Civil Veterinary Department. United Provinces 1923-31 - 1923-1931
Year: 1923
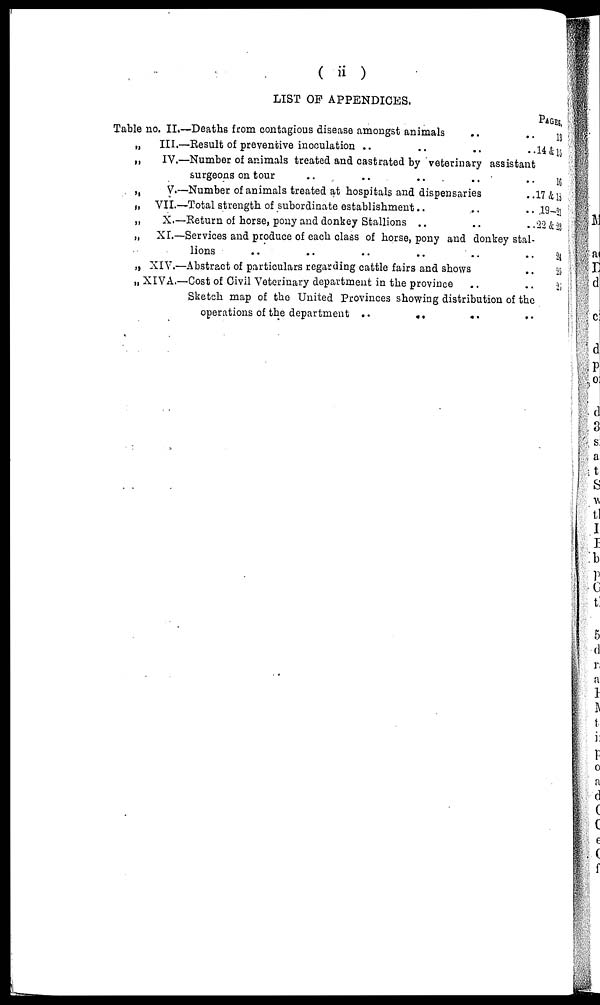
( ii )
LIST OF APPENDICES.
Table no. II.—Deaths from contagious disease amongst animals
„
III.—Result of preventive inoculation .. .. ..
„
IV.—Number of animals treated and castrated by veterinary assistant
surgeons on tour
„
V.—Number of animals treated at hospitals and dispensaries
„ VII.—Total strength of subordinate establishment .. .. ..
„
X.—Return of horse, pony and donkey Stallions .. .. ..
„
XI.—Services and produce of each class of horse, pony and donkey stal-
lions
„ XIV.—Abstract of particulars regarding cattle fairs and shows
„ XIVA.—Cost of Civil Veterinary department in the province
Sketch map of the United Provinces showing distribution of the
operations of the department ..
.. .. ..
PAGES
13
14 & 15
15
17 & 18
19—21
22 & 23
24
25
26